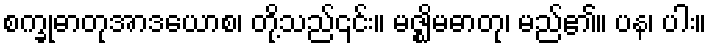
စက္ခုဓာတုအာဒယောစ၊ တို့သည်၎င်း။ မဇ္ဈိမဓာတု၊ မည်၏။ ပန၊ ပါး။